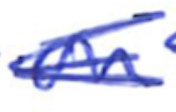
Text: on
Cross-out: mix
Writing tool: ballpoint